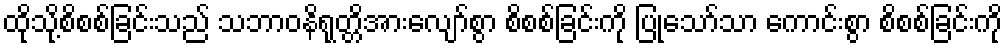
ထိုသို့စိစစ်ခြင်းသည် သဘာဝနိရုတ္တိအားလျော်စွာ စိစစ်ခြင်းကို ပြုသော်သာ ကောင်းစွာ စိစစ်ခြင်းကို